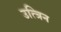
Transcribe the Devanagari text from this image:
उत्त्रिन